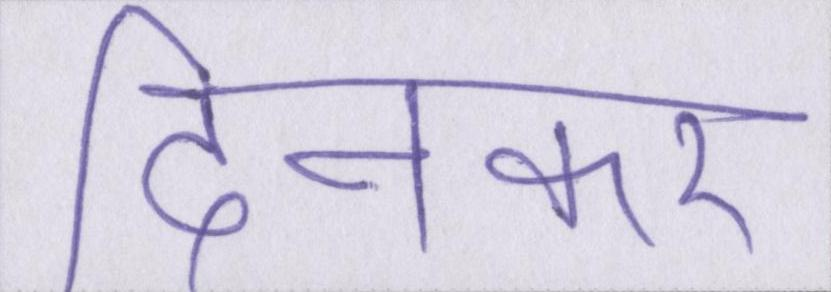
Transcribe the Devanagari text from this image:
दिनकर